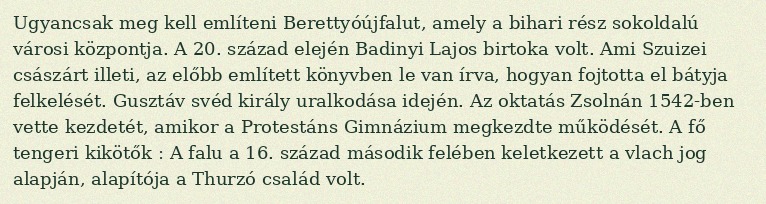
Ugyancsak meg kell említeni Berettyóújfalut, amely a bihari rész sokoldalú városi központja. A 20. század elején Badinyi Lajos birtoka volt. Ami Szuizei császárt illeti, az előbb említett könyvben le van írva, hogyan fojtotta el bátyja felkelését. Gusztáv svéd király uralkodása idején. Az oktatás Zsolnán 1542-ben vette kezdetét, amikor a Protestáns Gimnázium megkezdte működését. A fő tengeri kikötők : A falu a 16. század második felében keletkezett a vlach jog alapján, alapítója a Thurzó család volt.